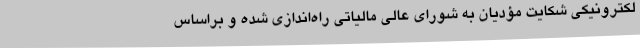
لکترونیکی شکایت مؤدیان به شورای عالی مالیاتی راه‌اندازی شده و براساس